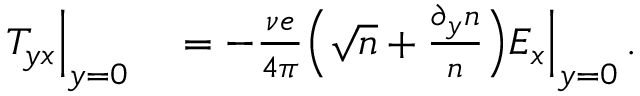
\begin{array} { r l } { T _ { y x } \Big | _ { y = 0 } } & { { } = - \frac { \nu e } { 4 \pi } \Big ( \sqrt { n } + \frac { \partial _ { y } n } { n } \Big ) E _ { x } \Big | _ { y = 0 } \, . } \end{array}